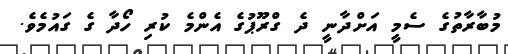
މުބާރާތުގެ ސެމީ އަށްދާނީ ދެ ގްރޫޕުގެ އެންމެ ކުރި ހޯދާ ގެ ގައުމެވެ.